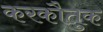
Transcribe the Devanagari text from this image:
करकौतुक